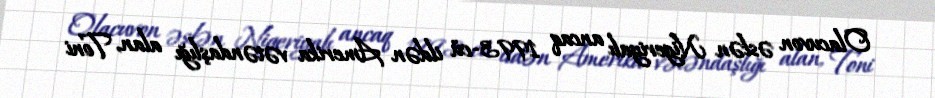
Olacuvon əslən Nigeriyalı ancaq 1993-cü ildən Amerika vətəndaşlığı alan, Toni